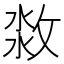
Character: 𣷜